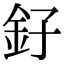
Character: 釨